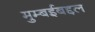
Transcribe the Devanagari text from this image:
मुम्बईबद्दल